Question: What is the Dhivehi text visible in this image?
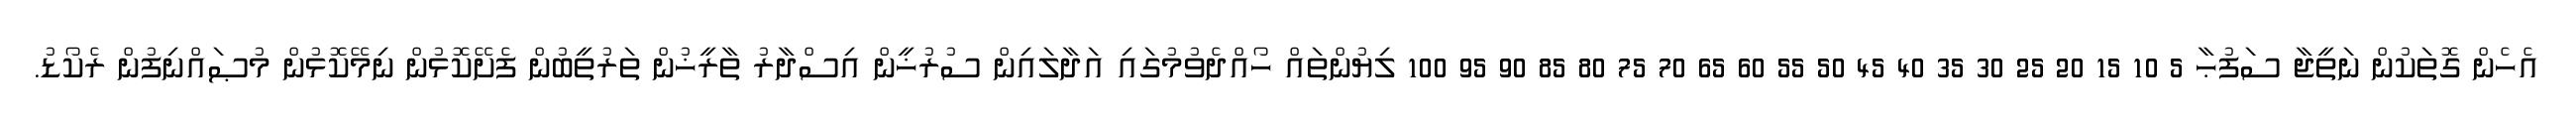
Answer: އެހެން ގޮތަކުން ނަތީޖާ ސަފުޙާ 5 10 15 20 25 30 35 40 45 50 55 60 65 70 75 80 85 90 95 100 ލިޔުންތައް ހޯއްދެވުމުގައި އަދާލައިން ސުރުޚީން އިސްދާރު ތާރީޚުން ތަރުތީބުން ފެށޭކޮޅުން ނިމޭކޮޅުން މުޞައްނިފުން ރެކޯޑު.